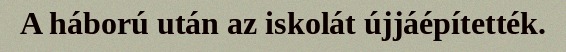
A háború után az iskolát újjáépítették.